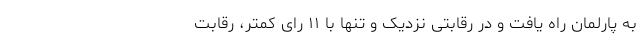
به پارلمان راه یافت و در رقابتی نزدیک و تنها با ۱۱ رای کمتر، رقابت